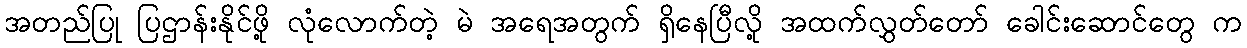
အတည်ပြု ပြဌာန်းနိုင်ဖို့ လုံလောက်တဲ့ မဲ အရေအတွက် ရှိနေပြီလို့ အထက်လွှတ်တော် ခေါင်းဆောင်တွေ က